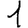
Digit: 1